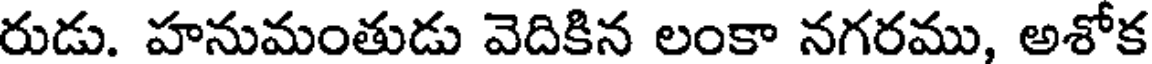
రుడు. హనుమంతుడు వెదికిన లంకా నగరము, అశోక